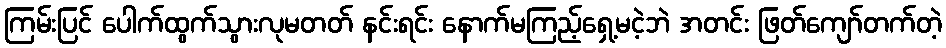
ကြမ်းပြင် ပေါက်ထွက်သွားလုမတတ် နင်းရင်း နောက်မကြည့်ရှေ့မငဲ့ဘဲ အတင်း ဖြတ်ကျော်တက်တဲ့